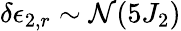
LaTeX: \delta\epsilon_{2,r}\sim\mathcal{N}(5J_{2})